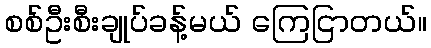
စစ်ဦးစီးချုပ်ခန့်မယ် ကြေငြာတယ်။